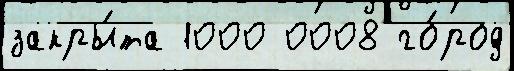
закры́та 1000 0008 го́род